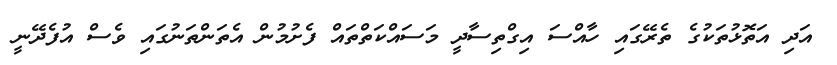
އަދި އަތޮޅުތަކުގެ ތެރޭގައި ހާއްސަ އިގްތިސާދީ މަސައްކަތްތައް ފެށުމުން އެތަންތަނުގައި ވެސް އުފެދޭނީ